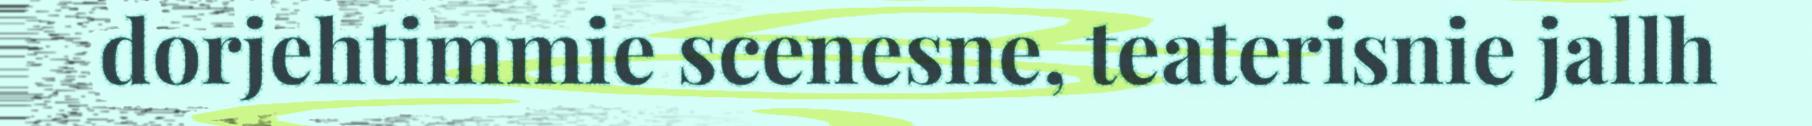
dorjehtimmie scenesne, teaterisnie jallh